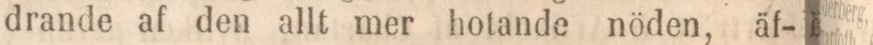
drande af den allt mer hotande nöden, äf-